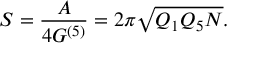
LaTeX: S = \frac A { 4 G ^ { ( 5 ) } } = 2 \pi \sqrt { Q _ { 1 } Q _ { 5 } N } .